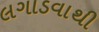
લગાડવાથી